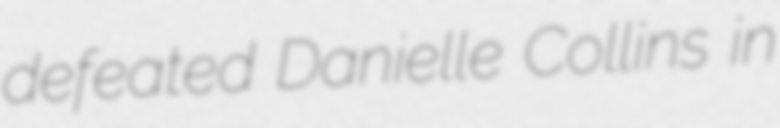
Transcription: defeated Danielle Collins in